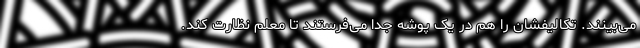
می‌بینند. تکالیفشان را هم در یک پوشه جدا می‌فرستند تا معلم نظارت کند.